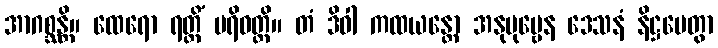
အာဂစ္ဆန္တိ။ ထေရော ရတ္တိံ ပရိဝတ္တိ။ တံ ဒိဝါ ကထယန္တော အနုပုဗ္ဗေန ဒေသနံ နိဋ္ဌပေတွာ